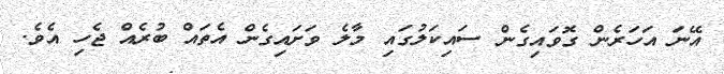
އޭނަ އަހަރެން ގޮވައިގެން ސައިކަލުގައި މާލެ ވަށައިގެން އެތައް ބުރެއް ޖެހި އެވެ.